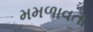
મમળાવતા